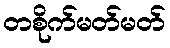
တစိုက်မတ်မတ်